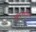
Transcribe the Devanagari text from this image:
घुलनशील।